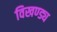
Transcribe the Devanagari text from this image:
विखण्ड्य